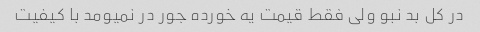
در کل بد نبو ولی فقط قیمت یه خورده جور در نمیومد با کیفیت